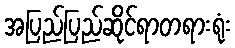
အပြည်ပြည်ဆိုင်ရာတရားရုံး